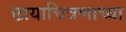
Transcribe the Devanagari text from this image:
छायाचित्रणाच्या